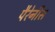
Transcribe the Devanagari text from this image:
पैरेनीस